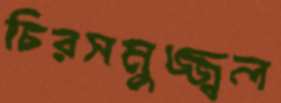
চিরসমুজ্জ্বল